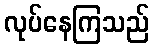
လုပ်နေကြသည်